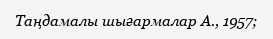
Таңдамалы шығармалар А., 1957;